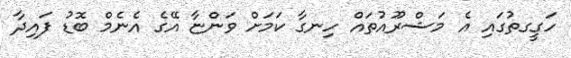
ހަގީގތުގައި އެ މަޝްރޫއުތައް ހިނގާ ކަމަށް ވަންޏާ އޭގެ އެނެމް ބޮޑު ފައިދާ